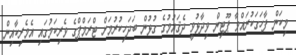
މިކަން ފާހަގަކުރައްވާ ޕޫޓިން ވިދާޅުވީ ދެޤައުމުގެ ގުޅުން ބަދަހިކުރުމަށް ޓްރަމްޕްގެ ވެރިކަމުގައި އެމެރިކާއިން